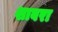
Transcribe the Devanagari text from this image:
शाबरा